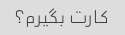
کارت بگیرم؟